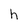
Character: h